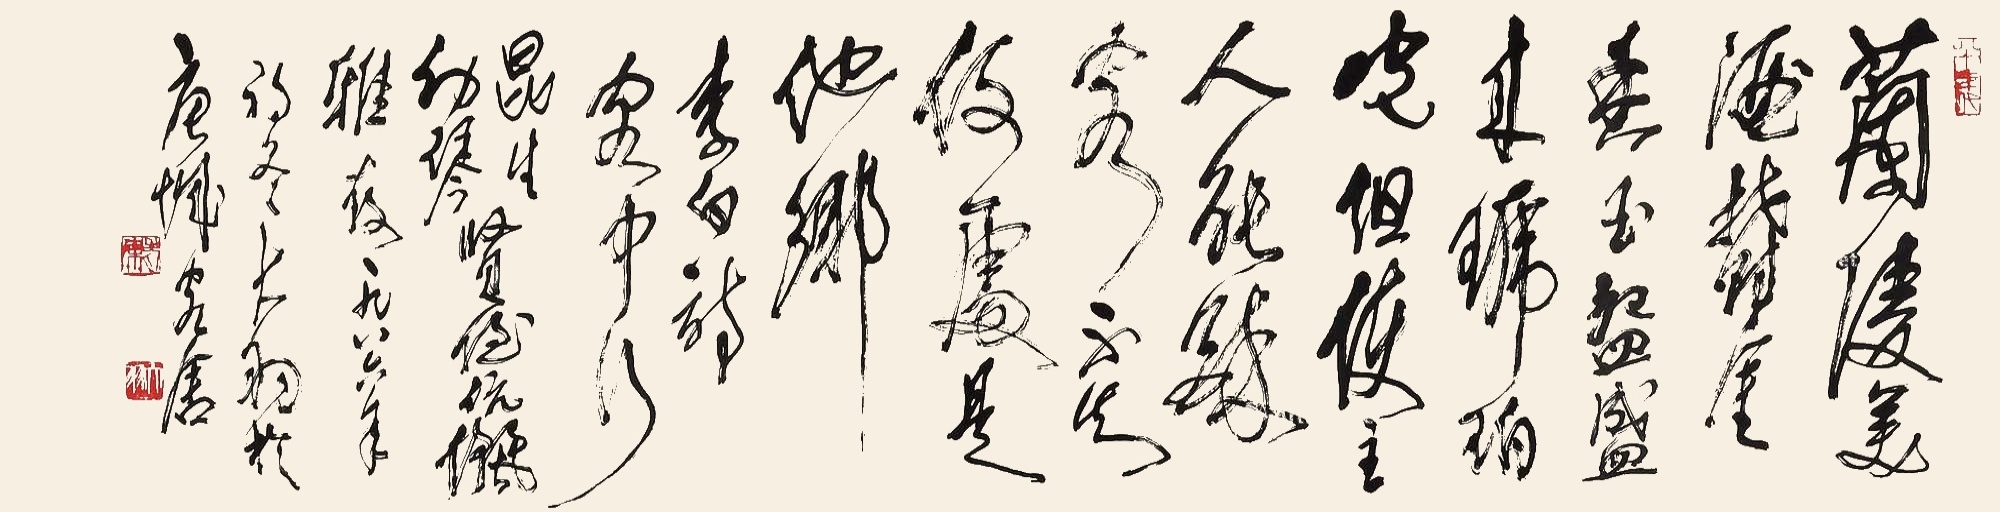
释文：兰陵美酒郁金香，玉碗盛来琥珀光。但使主人能醉客，不知何处是他乡。李白诗客中行。昆生、幼琴贤良伉俪雅教，一九八六年福冬大羽于唐城客居。